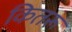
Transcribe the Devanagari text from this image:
कितरू